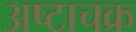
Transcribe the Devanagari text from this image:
अष्टाचक्र